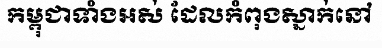
កម្ពុជាទាំងអស់ ដែលកំពុងស្នាក់នៅ